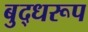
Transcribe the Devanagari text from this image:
बुद्धरूप